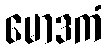
မောဒကံ